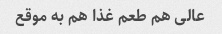
عالی هم طعم غذا هم به موقع